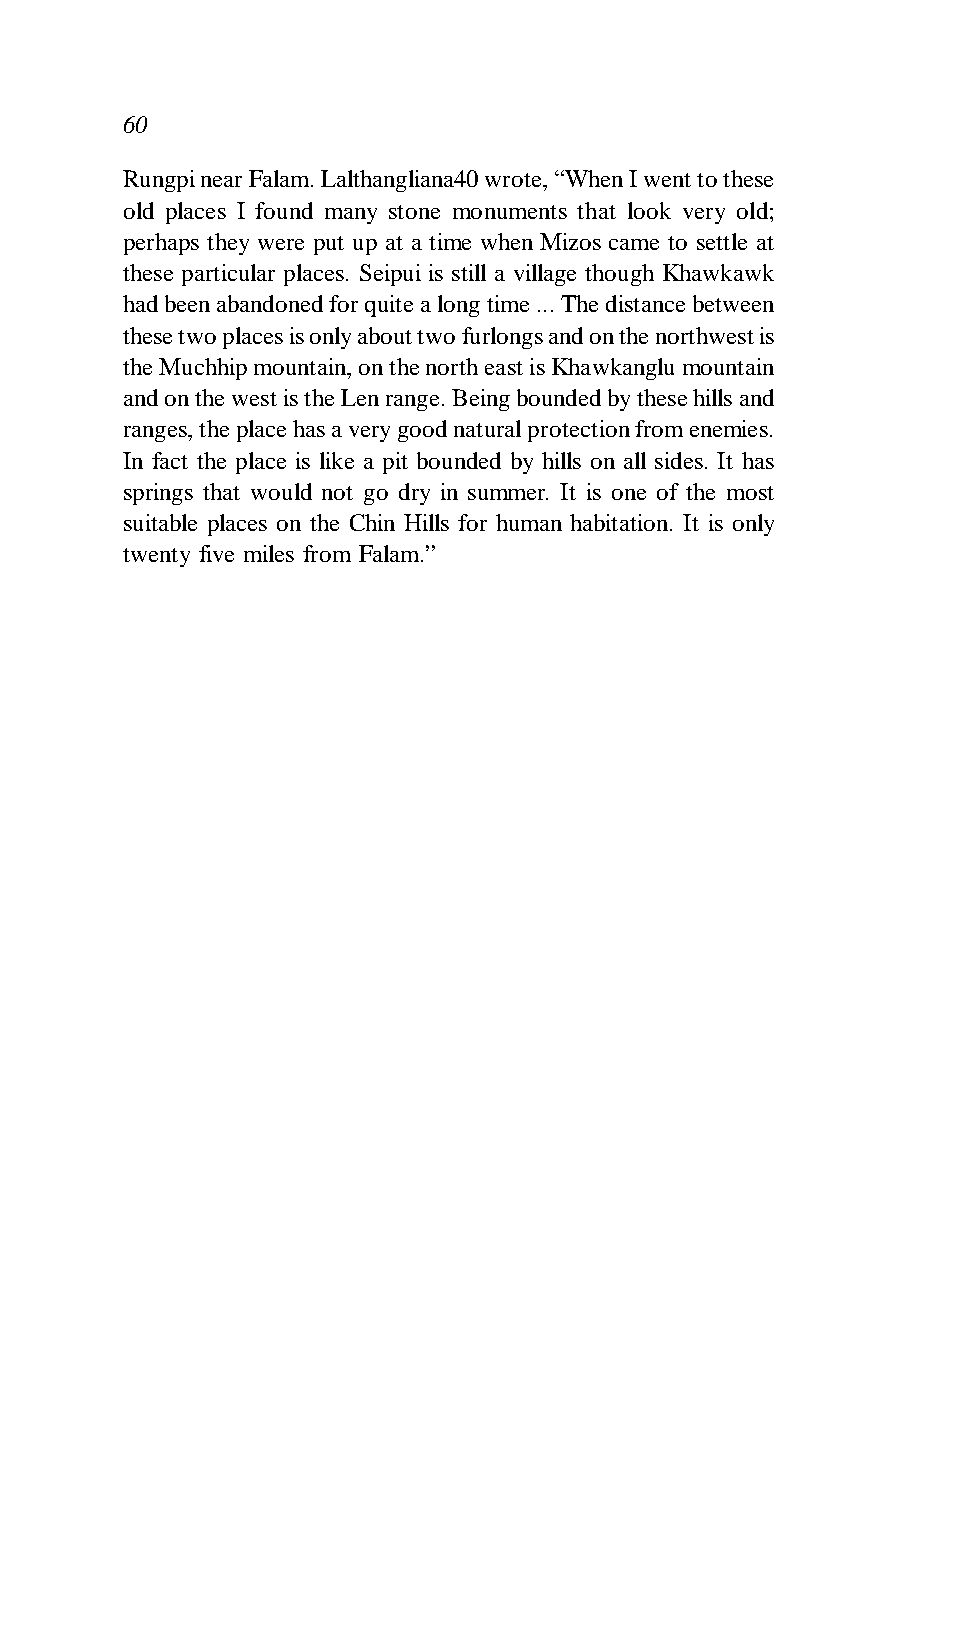
60
 Rungpi near Falam. Lalthangliana40 wrote, “When I went to these
 old places I found many stone monuments that look very old;
 perhaps they were put up at a time when Mizos came to settle at
 these particular places. Seipui is still a village though Khawkawk
 had been abandoned for quite a long time ... The distance between
 these two places is only about two furlongs and on the northwest is
 the Muchhip mountain, on the north east is Khawkanglu mountain
 and on the west is the Len range. Being bounded by these hills and
 ranges, the place has a very good natural protection from enemies.
 In fact the place is like a pit bounded by hills on all sides. It has
 springs that would not go dry in summer. It is one of the most
 suitable places on the Chin Hills for human habitation. It is only
 twenty five miles from Falam.”